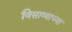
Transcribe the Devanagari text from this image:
विसाव्याच्या